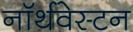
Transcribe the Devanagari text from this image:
नॉर्थवेस्टन